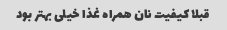
قبلا کیفیت نان همراه غذا خیلی بهتر بود